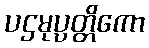
ပဌမုပ္ပတ္တိကော